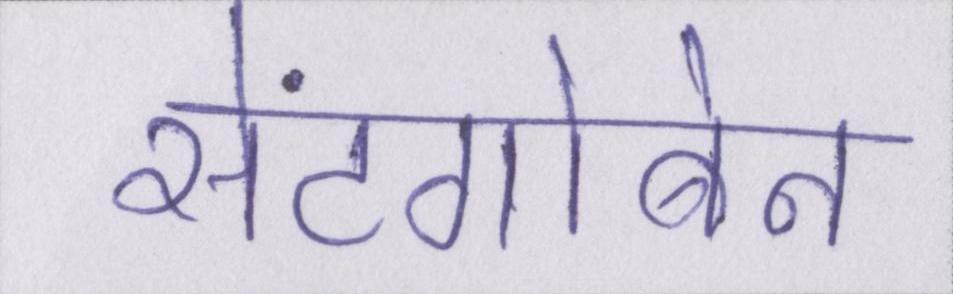
सेंटगोबेन